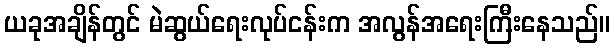
ယခုအချိန်တွင် မဲဆွယ်ရေးလုပ်ငန်းက အလွန်အရေးကြီးနေသည်။